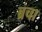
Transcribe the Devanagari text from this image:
ब्रचा